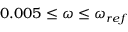
0 . 0 0 5 \leq \omega \leq \omega _ { r e f }